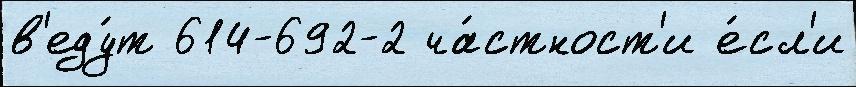
в'еду́т 614-692-2 ча́стност'и е́сл'и